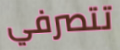
تتصرفي